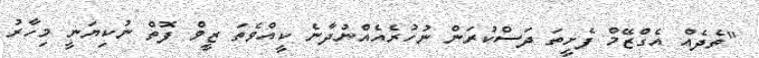
"ތެދެއް އެގްޒޭމް ފެށީތަ ދަސްކުރަން ނުހުރެއެއްނުދާނެ ކީއްވެތަ ޒީވް ފޮތް ނުކިޔަނީ މިހާރު